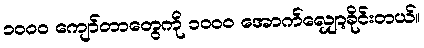
၁၀၀၀ ကျော်တာတွေကို ၁၀၀၀ အောက်လျှော့ခိုင်းတယ်။